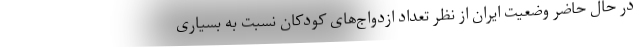
در حال حاضر وضعیت ایران از نظر تعداد ازدواج‌های کودکان نسبت به بسیاری